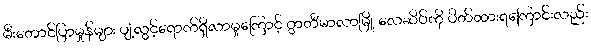
မီးတောင်ပြာမှုန်များ ပျံ့လွင့်ရောက်ရှိလာမှုကြောင့် ဂွာတီမာလာမြို့ လေဆိပ်ကို ပိတ်ထားရကြောင်းလည်း